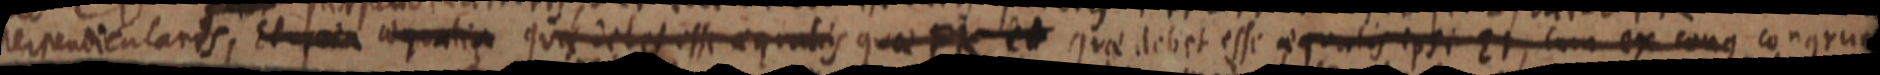
perpendicularis, Et _ta aequalia quis debet esse aequalis quae FK et quae debet esse aqualus ipsi Ei, cum ex conus congrua